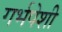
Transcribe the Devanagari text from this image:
गर्भपेशी